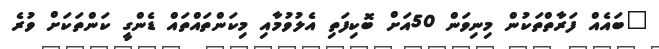
"ބައެއް ފަރާތްތަކުން މިނިވަން 50އަށް ބޮކިފަތި އެލުވުމާއި މިކަންތައްތައް ޑެންގީ ކަންތަކަށް ވުރެ